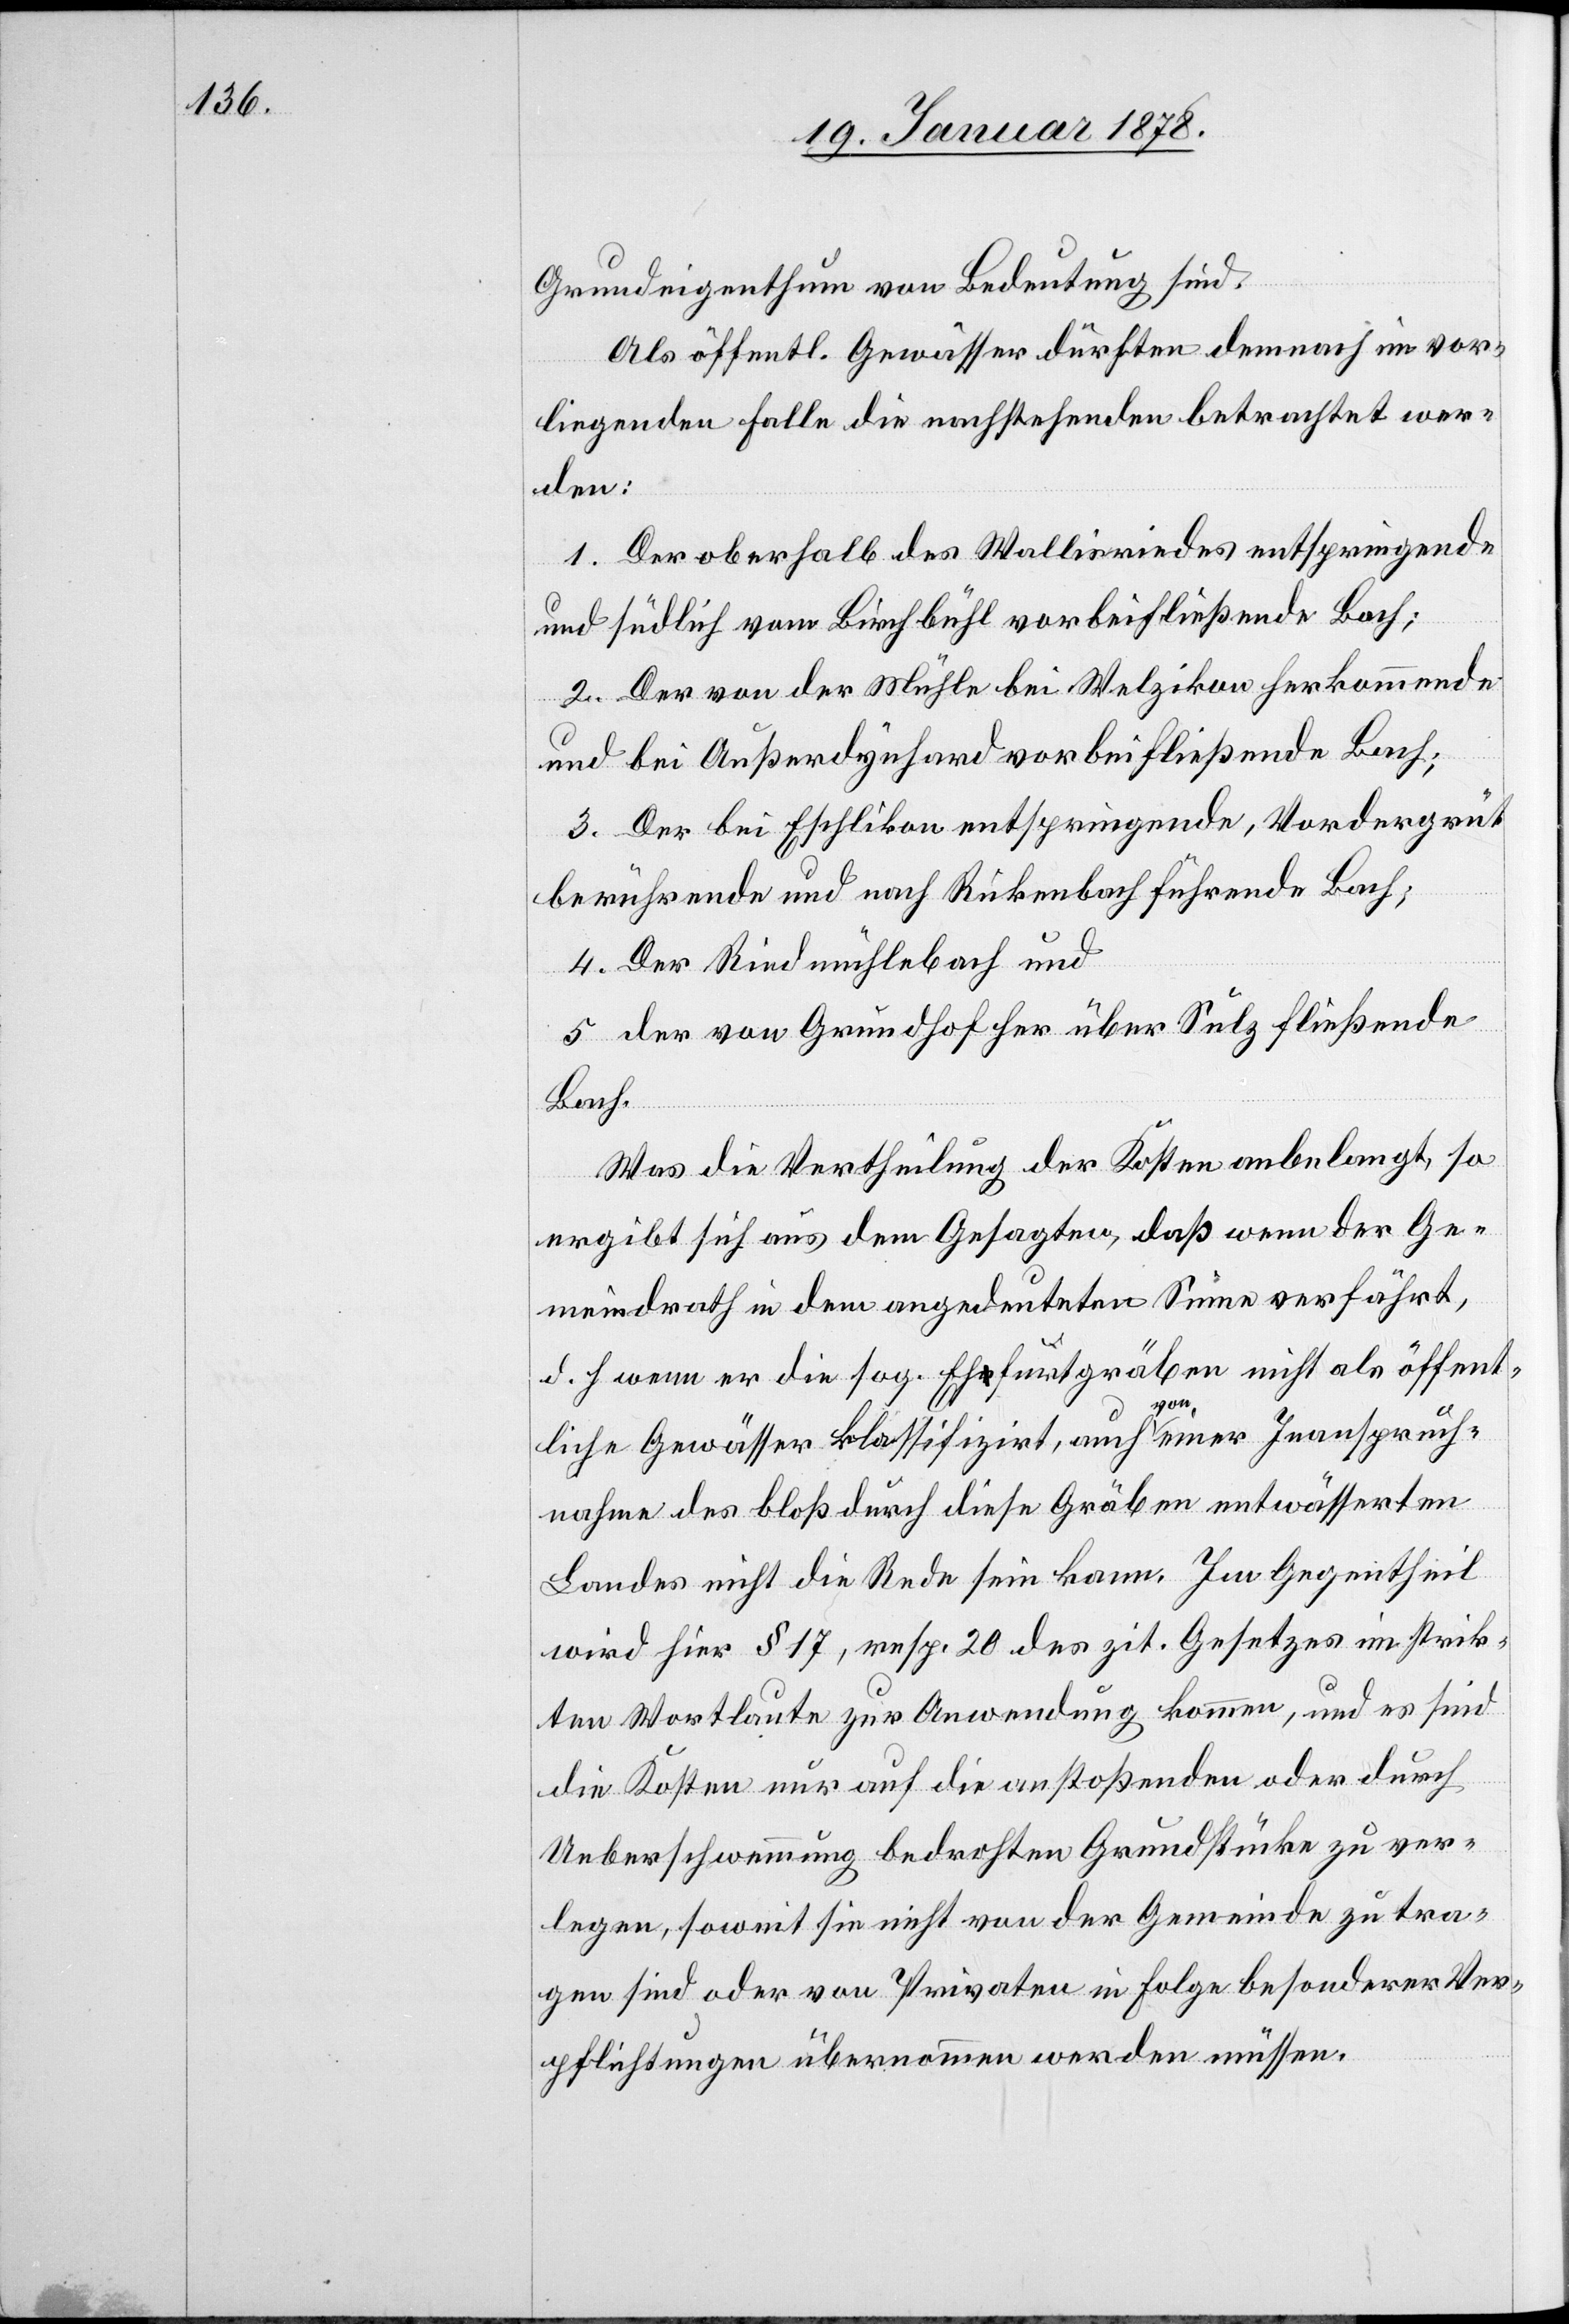
Grundeigenthum von Bedeutung sind.
Als öffentl. Gewässer dürften demnach im vor¬
liegenden Falle die nachstehenden betrachtet wer¬
den:
1. Der oberhalb des Wallisriedes entspringende
und südlich vom Birchbühl vorbeifließende Bach;
2. Der von der Mühle bei Welzikon herkommende
und bei Außerdynhard vorbeifließende Bach;
3. Der bei Eschlikon entspringende, Vordergrüt
berührende und nach Rickenbach führende Bach;
4. Der Rindmühlebach und
5. der von Grundhof her über Sulz fließende
Bach.
Was die Vertheilung der Kosten anbelangt, so
ergibt sich aus dem Gesagten, daß wenn der Ge¬
meindrath in dem angedeuteten Sinne verfährt,
d. h. wenn er die sog. Eha-r-afurtgräben nicht als öffent¬
liche Gewässer klassifizirt, auch a-von-a einer Inanspruch¬
nahme des bloß durch diese Gräben entwässerten
Landes nicht die Rede sein kann. Im Gegentheil
wird hier § 17, resp. 20 des zit. Gesetzes im strik¬
ten Wortlaute zur Anwendung kommen, und es sind
die Kosten nur auf die anstoßenden oder durch
Ueberschwemmung bedrohten Grundstücke zu ver¬
legen, soweit sie nicht von der Gemeinde zu tra¬
gen sind oder von Privaten in Folge besonderer Ver¬
pflichtungen übernommen werden müssen.